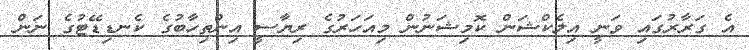
އެ ގަރާރުގައި ވަނީ އިލެކްޝަން ކޮމިޝަނުން މިއަހަރުގެ ރިޔާސީ އިންތިހާބުގެ ކެނޑިޑޭޓުގެ ނަން